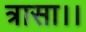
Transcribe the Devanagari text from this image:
त्रासा।।